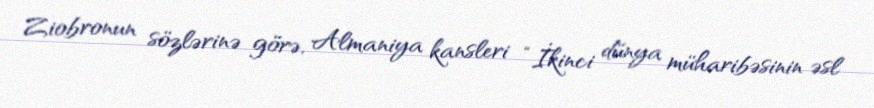
Ziobronun sözlərinə görə, Almaniya kansleri “İkinci dünya müharibəsinin əsl